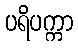
ပရိပက္ကာ